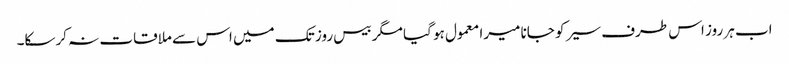
اب ہر روز اس طرف سیر کو جانا میرا معمول ہو گیا مگر بیس روز تک میں اس سے ملاقات نہ کرسکا۔